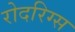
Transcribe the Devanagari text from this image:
रोदरिग्स